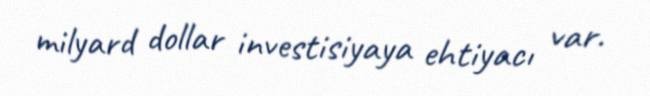
milyard dollar investisiyaya ehtiyacı var.